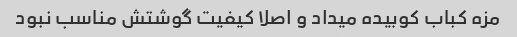
مزه کباب کوبیده میداد و اصلا کیفیت گوشتش مناسب نبود